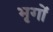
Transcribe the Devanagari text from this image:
भृगों